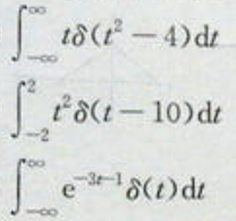
\[
\begin{align*}
&\int_{-\infty}^{\infty}t\delta(t^{2}-4)\mathrm{d}t\\
&\int_{-2}^{2}t^{2}\delta(t - 10)\mathrm{d}t\\
&\int_{-\infty}^{\infty}e^{-3t - 1}\delta(t)\mathrm{d}t
\end{align*}
\]